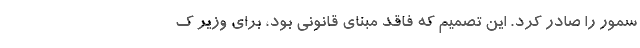
سمور را صادر کرد. این تصمیم که فاقد مبنای قانونی بود، برای وزیر ک